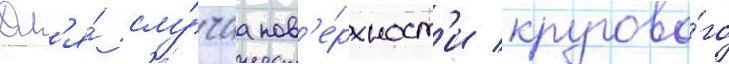
Дл'я́ слу́чаа пов'е́рхност'и кругово́го